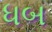
ધબ